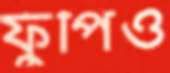
ফুঁপিও